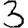
Digit: 3